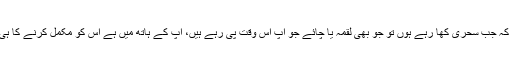
ایک تو یہ کہ جب سحری کھا رہے ہوں تو جو بھی لقمہ یا چائے جو آپ اس وقت پی رہے ہیں، آپ کے ہاتھ میں ہے اس کو مکمل کرنے کا ہی حکم ہے۔